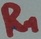
Text: R1